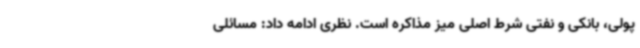
پولی، بانکی و نفتی شرط اصلی میز مذاکره است. نظری ادامه داد: مسائلی